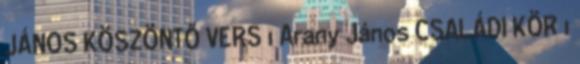
JÁNOS KÖSZÖNTŐ VERS 1 Arany János CSALÁDI KÖR 1